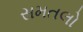
સમતલો